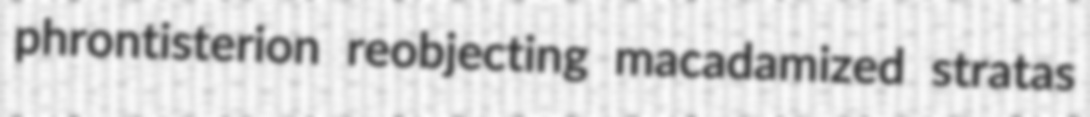
phrontisterion reobjecting macadamized stratas